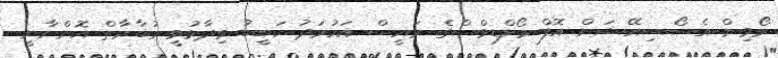
ރޯވިން އެސޯސިއޭޝަން އޮފް މޯލްޑިވްސްގެ ރައީސް އަހުމަދު ހަބީބު ވިދާޅުވީ މުބާރާތް އޮންނާނީ